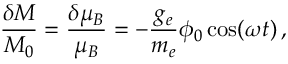
\frac { \delta M } { M _ { 0 } } = \frac { \delta \mu _ { B } } { \mu _ { B } } = - \frac { g _ { e } } { m _ { e } } \phi _ { 0 } \cos ( \omega t ) \, ,